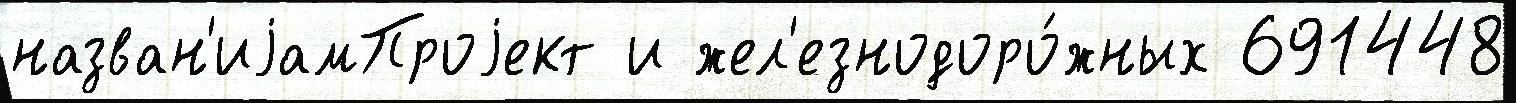
назван'иjамПроjект и жел'езнодоро́жных 691448